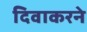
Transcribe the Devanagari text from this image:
दिवाकरने